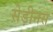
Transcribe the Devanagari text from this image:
सेड़ीनस